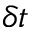
\delta t